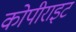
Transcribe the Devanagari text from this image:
कोपीराइट